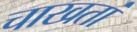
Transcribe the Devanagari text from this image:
चाखतां